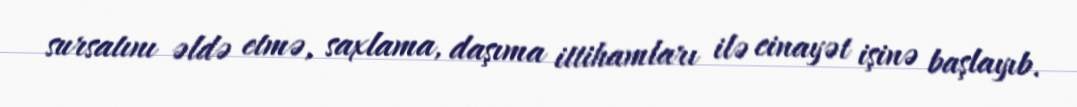
sursatını əldə etmə, saxlama, daşıma ittihamları ilə cinayət işinə başlayıb.